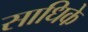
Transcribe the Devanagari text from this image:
साधिके